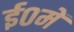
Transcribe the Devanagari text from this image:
ई०में